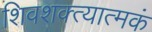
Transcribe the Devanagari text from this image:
शिवशक्त्यात्मकं